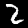
Label: 2